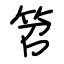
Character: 笤